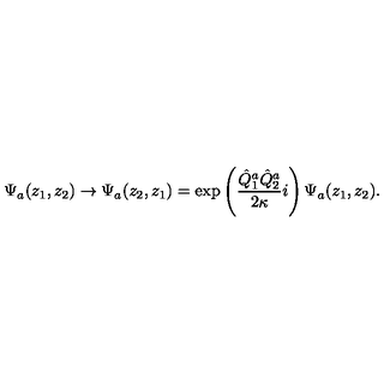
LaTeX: \Psi _ { a } ( z _ { 1 } , z _ { 2 } ) \rightarrow \Psi _ { a } ( z _ { 2 } , z _ { 1 } ) = \exp \left( \frac { \hat { Q } _ { 1 } ^ { a } \hat { Q } _ { 2 } ^ { a } } { 2 \kappa } i \right) \Psi _ { a } ( z _ { 1 } , z _ { 2 } ) .